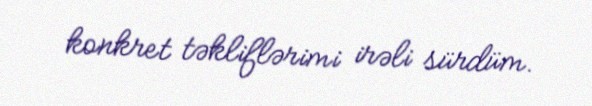
konkret təkliflərimi irəli sürdüm.